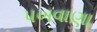
પખવાણા